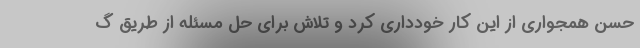
حسن همجواری از این کار خودداری کرد و تلاش برای حل مسئله از طریق گ